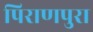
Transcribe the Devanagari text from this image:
पिराणपुरा